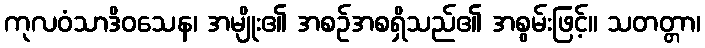
ကုလဝံသာဒိဝသေန၊ အမျိုး၏ အစဉ်အစရှိသည်၏ အစွမ်းဖြင့်။ သတတ္တာ၊